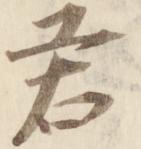
君